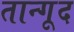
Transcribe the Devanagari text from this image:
तान्गूद